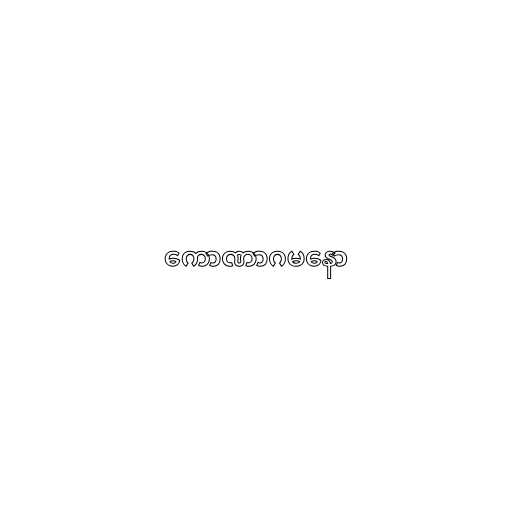
ကောဏာဂမနော